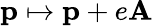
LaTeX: \mathbf{p}\mapsto\mathbf{p}+e\mathbf{A}